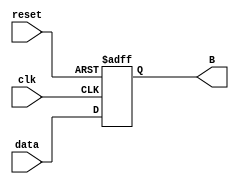

module RegisterB (
    input wire clk,
    input wire reset,
    input wire [31:0] data,
    output reg [31:0] B
);

always @(posedge clk or posedge reset) begin
    if (reset) begin
        B <= 32'h0;
    end else begin
        B <= data;
    end
end

endmodule